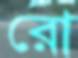
রো